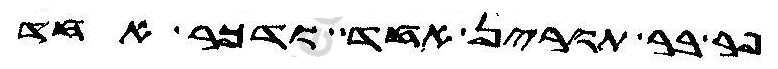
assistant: פר בר תורין אחד ודכר אחד